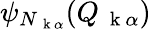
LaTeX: \psi_{N_{\mathrm{~\mathbf~k~}\alpha}}(Q_{\mathrm{~\mathbf~k~}\alpha})